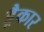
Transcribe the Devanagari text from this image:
ड्रैकार